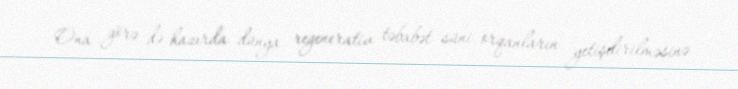
Ona görə də hazırda dünya regenerativ təbabət süni orqanların yetişdirilməsinə